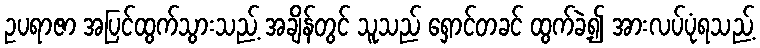
ဥပရာဇာ အပြင်ထွက်သွားသည့် အချိန်တွင် သူသည် ရှောင်တခင် ထွက်ခဲ့၍ အားလပ်ပုံရသည့်